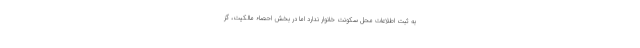
به ثبت اطلاعات محل سکونت خانوار ندارد اما در بخش احصاء مالکیت، گز